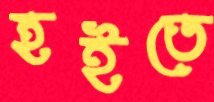
হইতে